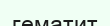
гематит